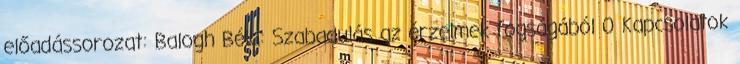
előadássorozat: Balogh Béla: Szabadulás az érzelmek fogságából 0 Kapcsolatok